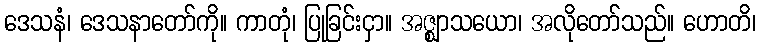
ဒေသနံ၊ ဒေသနာတော်ကို။ ကာတုံ၊ ပြုခြင်းငှာ။ အဇ္ဈာသယော၊ အလိုတော်သည်။ ဟောတိ၊